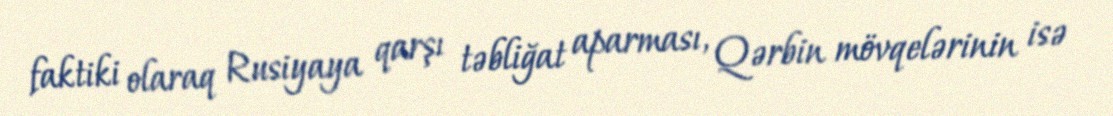
faktiki olaraq Rusiyaya qarşı təbliğat aparması, Qərbin mövqelərinin isə